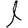
Digit: 1